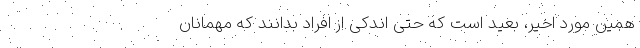
همین مورد اخیر، بعید است که حتی اندکی از افراد بدانند که مهمانان